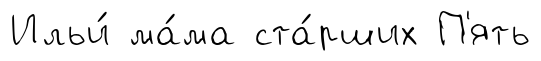
Ильи́ ма́ма ста́рших П'ять